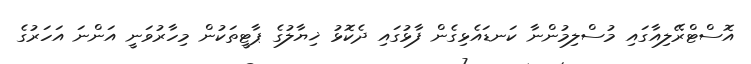
އޮސްޓްރޭލިއާގައި މުސްލިމުންނާ ކަނޑައެޅިގެން ފާޅުގައި ދެކޮޅު ޚިޔާލުގެ ޕާޓީތަކުން މިހާރުވަނީ އަންނަ އަހަރުގެ